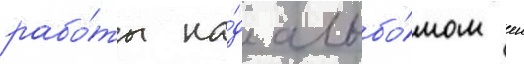
рабо́ты на́д альбо́мом еи